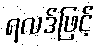
ရလဒ်ဖြင့်